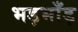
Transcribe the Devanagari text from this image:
भड़भाँड़